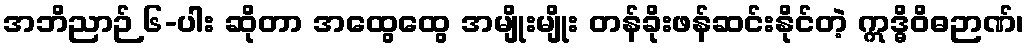
အဘိညာဉ် ၆-ပါး ဆိုတာ အထွေထွေ အမျိုးမျိုး တန်ခိုးဖန်ဆင်းနိုင်တဲ့ ဣဒ္ဓိဝိဓဉာဏ်၊